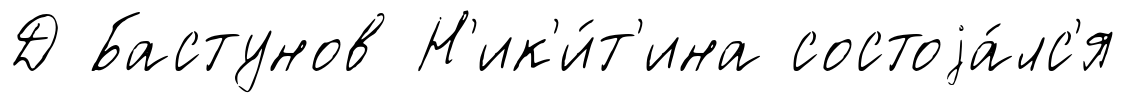
Д Бастунов Н'ик'и́т'ина состоjа́лс'я